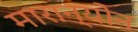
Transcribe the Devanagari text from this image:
मारान्योन